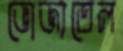
ভোজ্যতেল